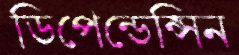
ডিপেন্ডেন্সিন